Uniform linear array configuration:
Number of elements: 4
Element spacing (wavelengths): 0.25
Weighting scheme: hamming
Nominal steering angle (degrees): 0
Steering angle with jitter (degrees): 1.755
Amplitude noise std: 0.05
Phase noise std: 0.05

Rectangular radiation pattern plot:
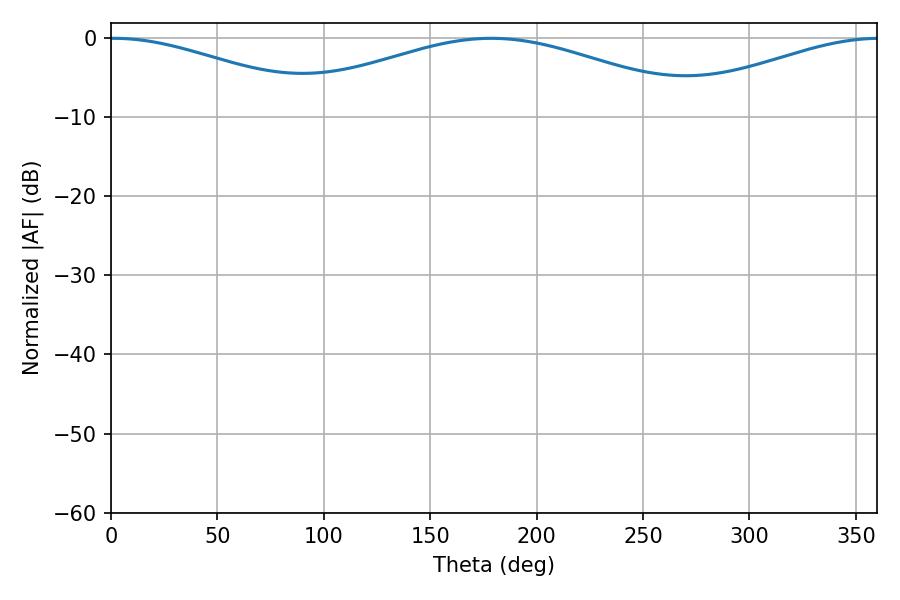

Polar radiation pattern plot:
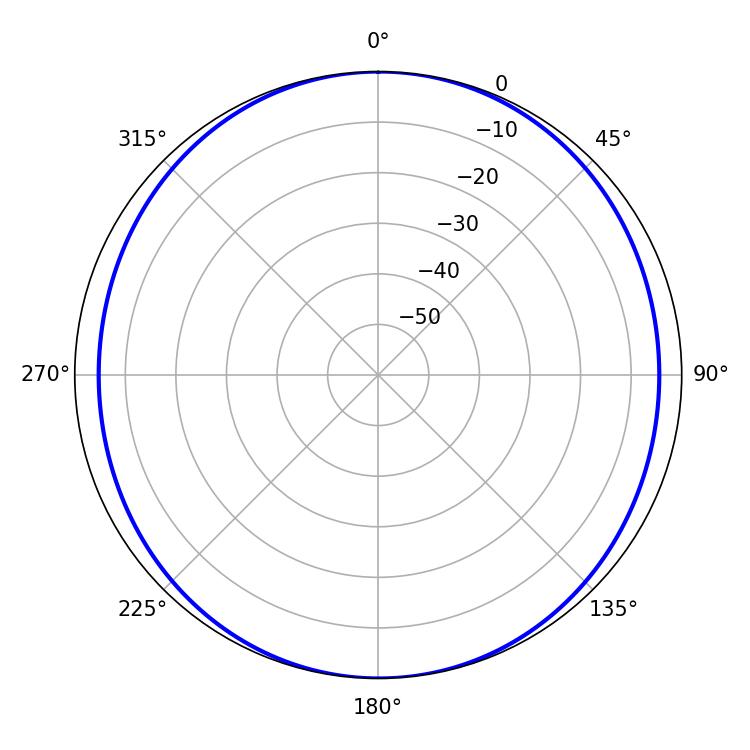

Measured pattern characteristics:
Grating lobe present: FALSE
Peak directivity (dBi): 15.43
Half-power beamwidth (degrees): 56.34
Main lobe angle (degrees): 1.26